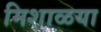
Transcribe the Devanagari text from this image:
मिशाळया